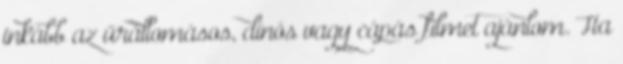
inkább az űrállomásos, dínós vagy cápás filmet ajánlom. Ha